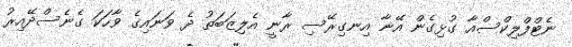
ނެޓްފްލިކްސްއާ ގުޅިގެން އޭނާ އިނގިރޭސި ރާނީ އެލިޒަބަތު ދެ ވަނައިގެ ވާހަކަ ގެނެސްދޭއިރު